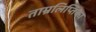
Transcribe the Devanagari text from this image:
ताम्रलिप्तिका